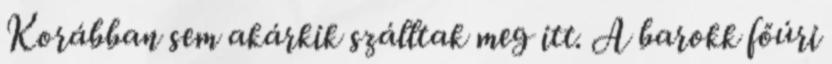
Korábban sem akárkik szálltak meg itt. A barokk főúri